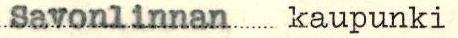
Savonlinnan kaupunki